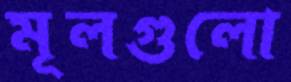
মূলগুলো